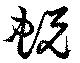
蛻